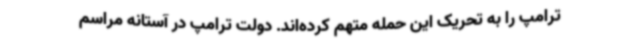
ترامپ را به تحریک این حمله متهم کرده‌اند. دولت ترامپ در آستانه مراسم